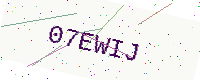
Text: 07EWIJ